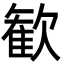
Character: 歓